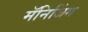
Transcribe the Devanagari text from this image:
मॅनिजिंग